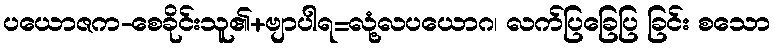
ပယောဇက-စေခိုင်းသူ၏+ဗျာပါရ=လုံ့လပယောဂ၊ လက်ပြခြေပြ ခြင်း စသော